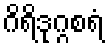
ဂိရိဒုဂ္ဂစရံ